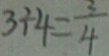
3 \div 4 = \frac { 3 } { 4 }